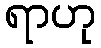
ရာဟု